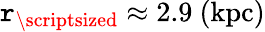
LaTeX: \mathtt{r}_{\mathrm{{{\scriptsized}}}}\approx2.9~\mathrm{{(kpc)}}